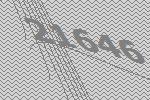
21646